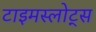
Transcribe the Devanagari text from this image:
टाइमस्लोट्स